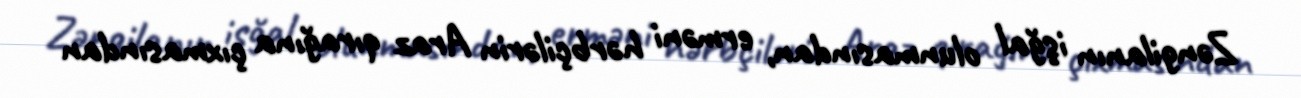
Zəngilanın işğal olunmasından, erməni hərbçilərin Araz qırağına çıxmasından